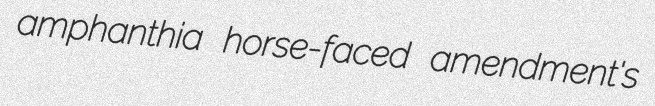
amphanthia horse-faced amendment's